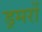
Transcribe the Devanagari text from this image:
ड्रमरों